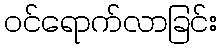
ဝင်ရောက်လာခြင်း